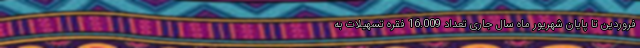
فروردین تا پایان شهریور ماه سال جاری تعداد 16.009 فقره تسهیلات به